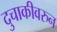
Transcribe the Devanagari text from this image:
दुचाकीवरुन